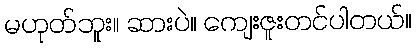
မဟုတ်ဘူး။ ဆားပဲ။ ကျေးဇူးတင်ပါတယ်။